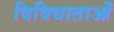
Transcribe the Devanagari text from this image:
विविधाताओं